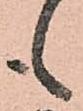
も